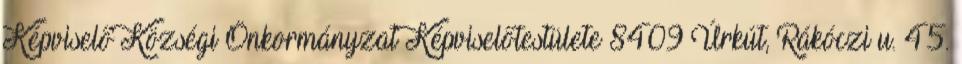
Képviselő Községi Önkormányzat Képviselőtestülete 8409 Úrkút, Rákóczi u. 45.